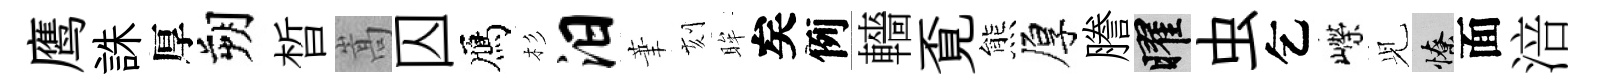
鹰誅厚朔晳嵩囚鴈杉汨茟刻眸矣例轖覔熊厚謄曜虫乞嶸𫤗憭面涪